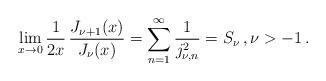
LaTeX: \begin{align*}\lim_{x\to 0} \frac{1}{2x}\, \frac{ J_{\nu+1} (x)}{ J_\nu (x) } =\sum_{n=1}^{\infty} \frac{1}{{j_{\nu,n}^2} }= S_\nu\,, \nu > -1\,.\end{align*}